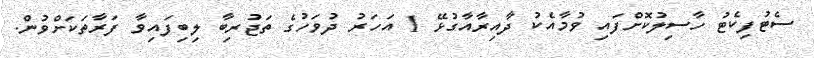
ސެޓުފިކެޓު ހާސިލުކޮށްފައި ވުމާއެކު ދާއިރާއާގުޅޭ 1 އަހަރު ދުވަހުގެ ތަޖުރިބާ ލިބިފައިވާ ފަރާތަކަށްވުން.